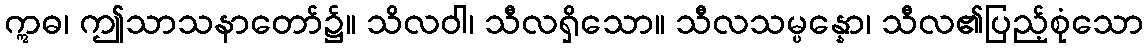
ဣဓ၊ ဤသာသနာတော်၌။ သိလဝါ၊ သီလရှိသော။ သီလသမ္ပန္နော၊ သီလ၏ပြည့်စုံသော